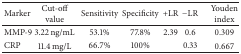
| Marker | Cut-off value | Sensitivity | Specificity | +LR | −LR | Youden index |
 | --- | --- | --- | --- | --- | --- | --- |
 | MMP-9 | 3.22 ng/mL | 53.1% | 77.8% | 2.39 | 0.6 | 0.309 |
 | CRP | 11.4 mg/L | 66.7% | 100% |  | 0.33 | 0.667 |